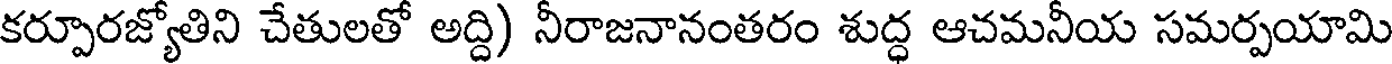
కర్పూరజ్యోతిని చేతులతో అద్ది) నీరాజనానంతరం శుద్ధ ఆచమనీయ సమర్పయామి